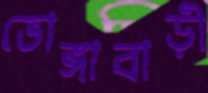
ভোঙ্গাবাড়ী